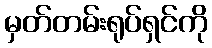
မှတ်တမ်းရုပ်ရှင်ကို